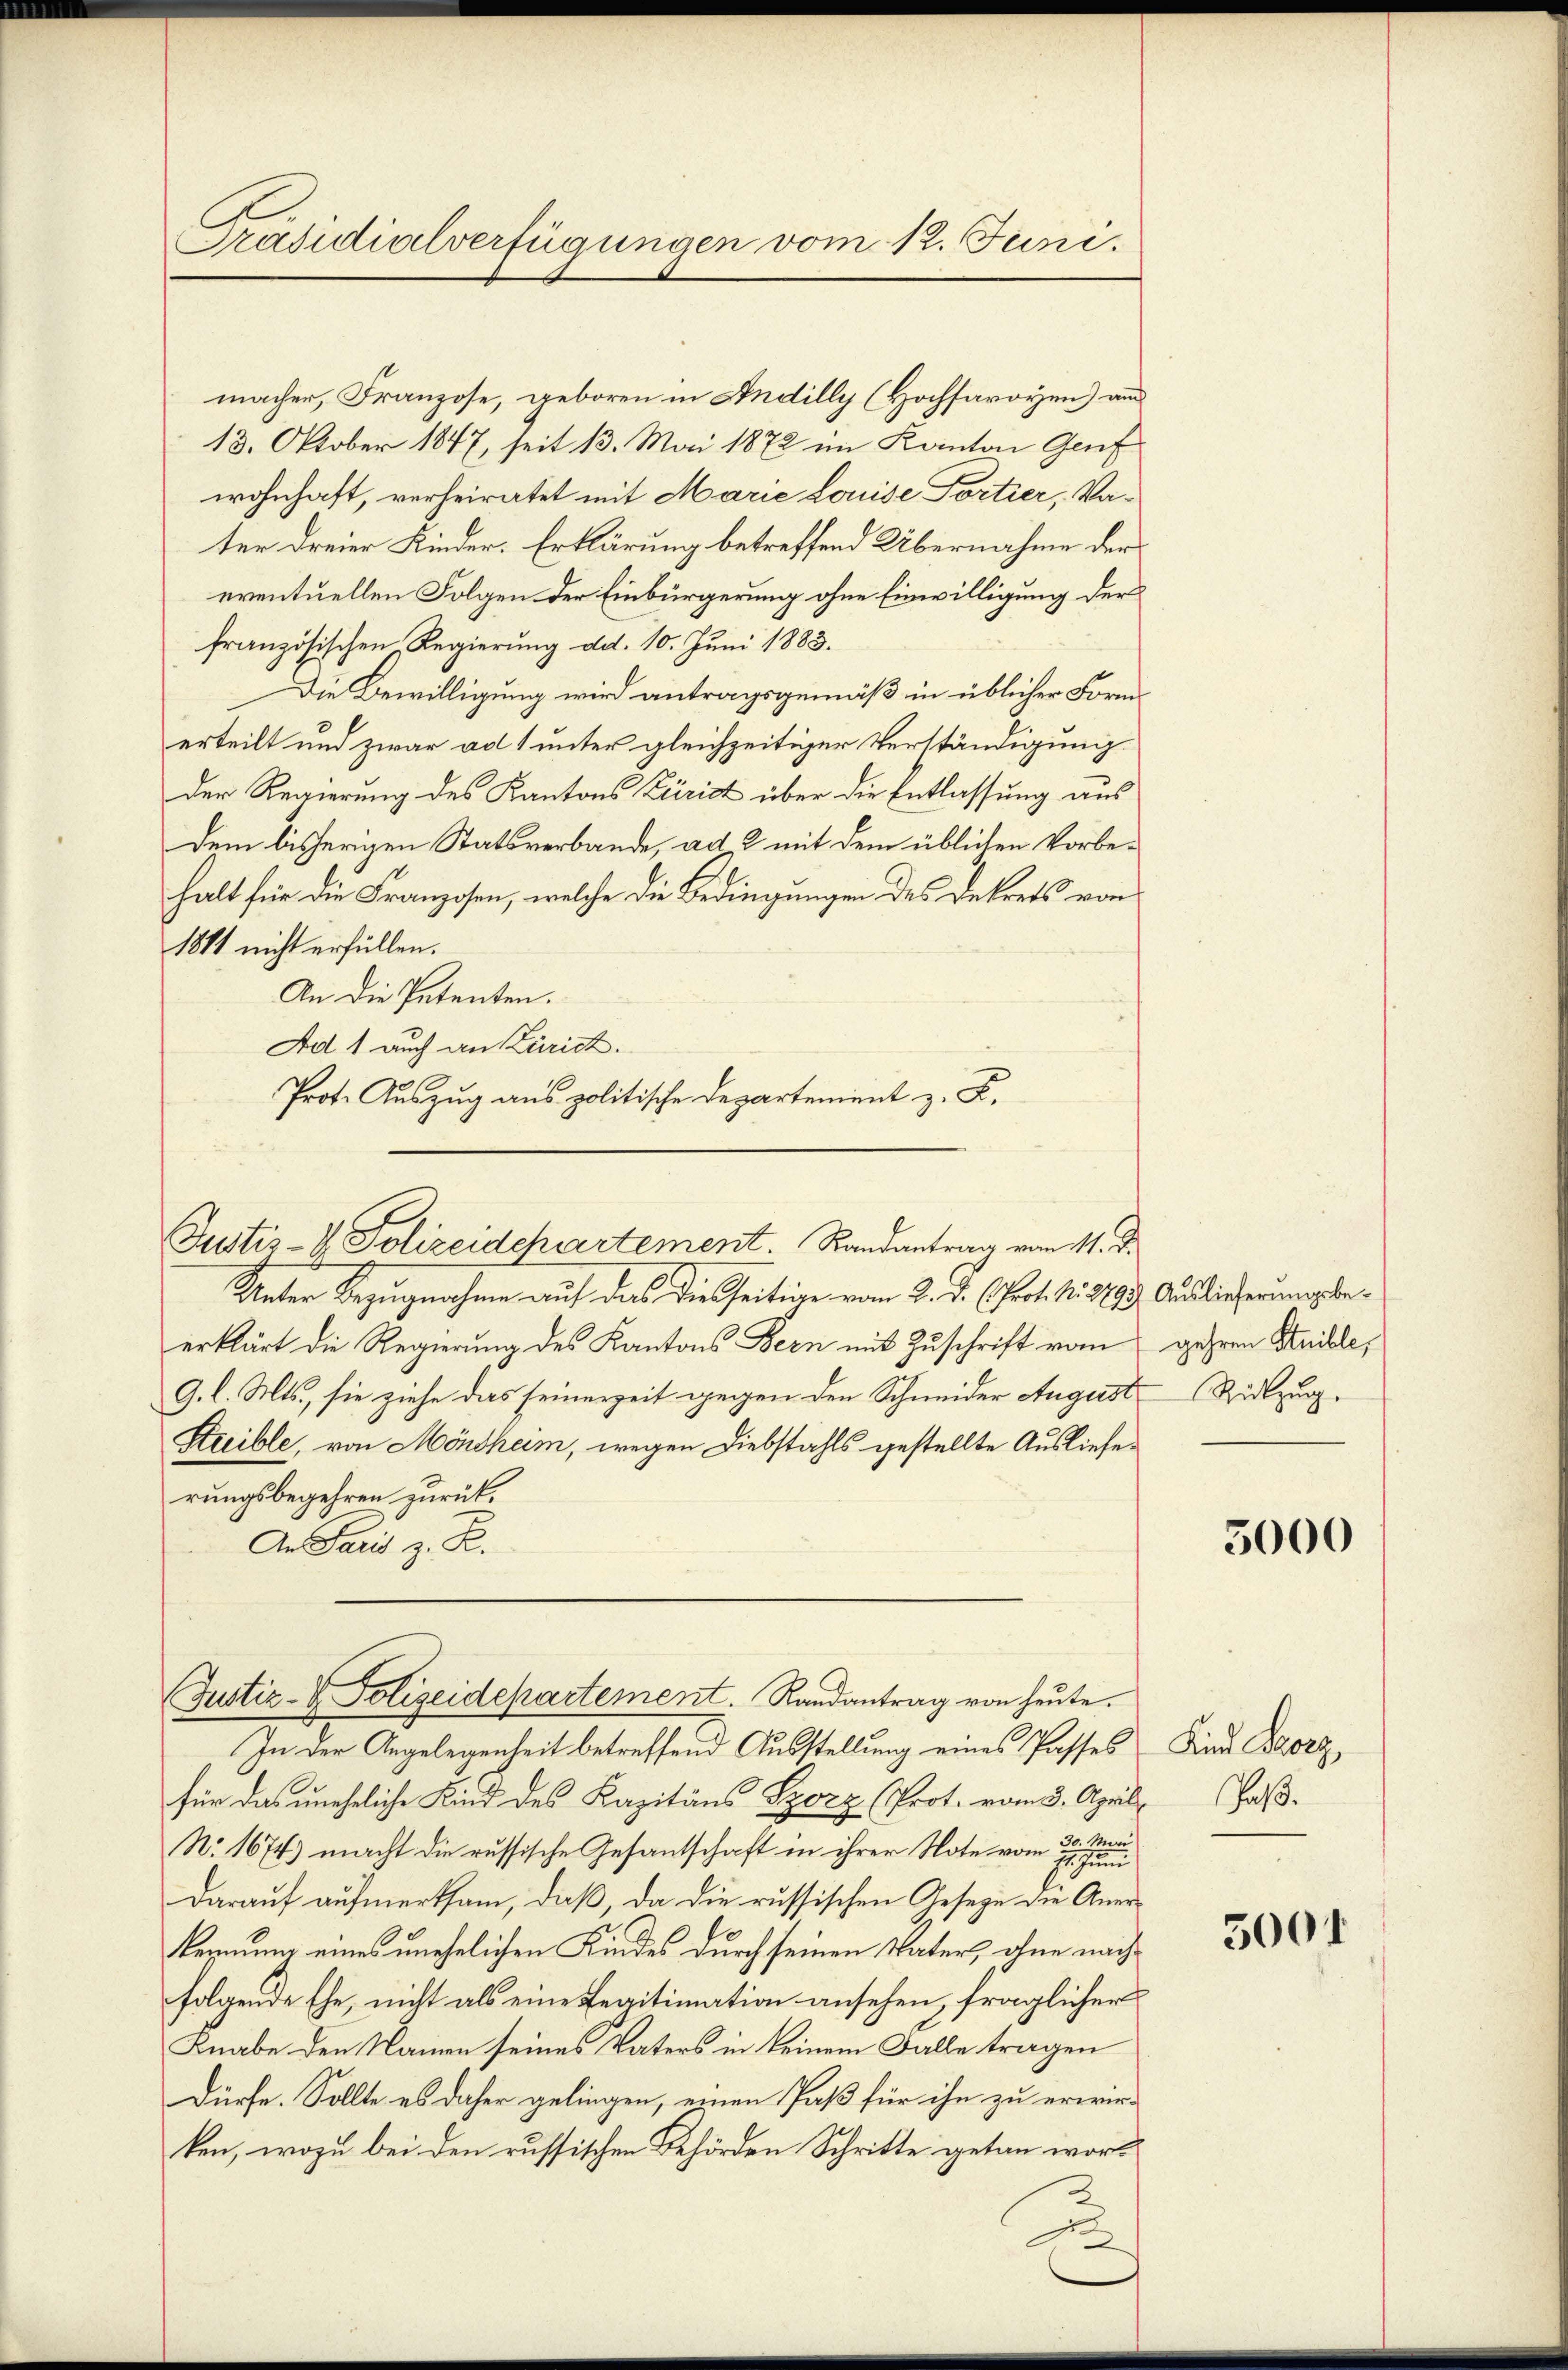
Präsidialverfügungen vom 12. Juni.

macher, Franzose, geboren in Andilly (Hochsavoyen) an
13. Oktober 1847, seit 13. Mai 1872 im Kanton Genf
wohnhaft, verheiratet mit Marie Louise Portier, Vater dreier Kinder. Erklärung betreffend Übernahme der
eventuellen Folgen der Einbürgerung ohne Einwilligung der
französischen Regierung dd. 10. Juni 1883.
Die Bewilligung wird antragsgemäß in üblicher Formerteilt und zwar ad 1 unter gleichzeitiger Verständigung
der Regierung des Kantons Zürich über die Entlassung aus
dem bisherigen Statsverbande, ad 2 mit dem üblichen Vorbehalt für die Franzosen, welche die Bedingungen des Dekrets von
1881 nicht erfüllen.
An die Petenten.
Ad 1 auch in Zürich.
Prote Auszug aus politische Departement z. K.

Justiz- & Polizeidepartement. Randantrag vom 11. d.

Unter Bezugnahme auf das diesseitige vom 2. d. (Prot. N. 2793. Auslieferungsbeerklärt die Regierung des Kantons Bern mit Zuschrift vom
G. l. Mts., sie ziehe das seinerzeit gegen den Schneider August Rückzug¬
Streible, von Möndham, wegen Diebstahls gestellte Auslieferungsbegehren zurück¬
An Paris z. R.

Justiz- & Polizeidepartement. Randantrag von heŭte.

In der Angelegenheit betreffend Ausstellung eines Passes
für das uneheliche Kind des Kapitäns Szorz (Prot. vom 3. April Haβ-
N. 1674) macht die russische Gesantschaft in ihrer Note vom 1.
darauf aufmerksam, daß, da die russischen Geseze die Anerkernung eines unehelichen Kindes durch seinen Vater, ohne nach
folgende Ehe, nicht als eine Legitimation ansehen, fraglicher
Knabe den Namen seines Vaters in keinem Falle tragen
dürfe. Sollte es daher gelingen, einen Paß für ihn zu erwir-
ken, wozu bei den russischen Behörden Schritte getan wor¬
u

gehren Steible,

5000

Kind Porz,

5001